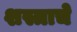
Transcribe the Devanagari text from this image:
शस्त्राचे